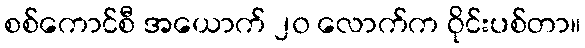
စစ်ကောင်စီ အယောက် ၂၀ လောက်က ဝိုင်းပစ်တာ။